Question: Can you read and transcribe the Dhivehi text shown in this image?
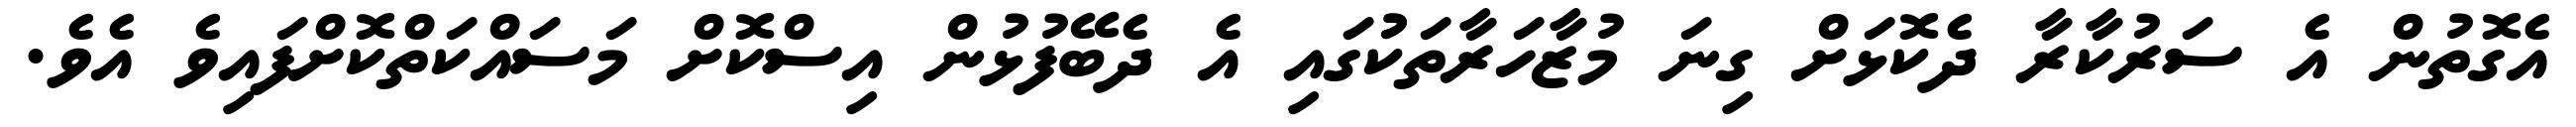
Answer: އެގޮތުން އެ ސަރުކާރާ ދެކޮޅަށް ގިނަ މުޒާހަރާތަކުުގައި އެ ދެބޭފުޅުން އިސްކޮށް މަސައްކަތްކޮށްފައިވެ އެވެ.